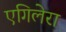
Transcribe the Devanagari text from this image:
एगिलेरा